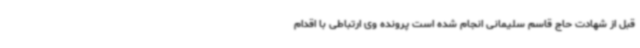
قبل از شهادت حاج قاسم سلیمانی انجام شده است پرونده وی ارتباطی با اقدام